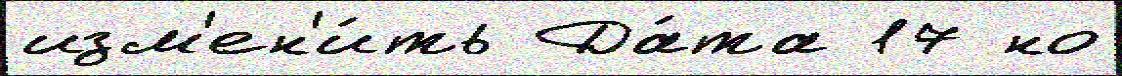
изм'ен'и́ть Да́та 17 но